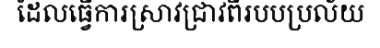
ដែលធ្វើការស្រាវជ្រាវពីរបបប្រល័យ